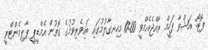
ފޮޓޯ: އަޝްވާ ފަހީމް ރާއްޖެއެމްވީ 10:00 މިހިނގާލުމުގައި ބައިވެރިވުމުގެ ގޮތުން އެމްޑީޕީ ޕާލިމެންޓްރީ